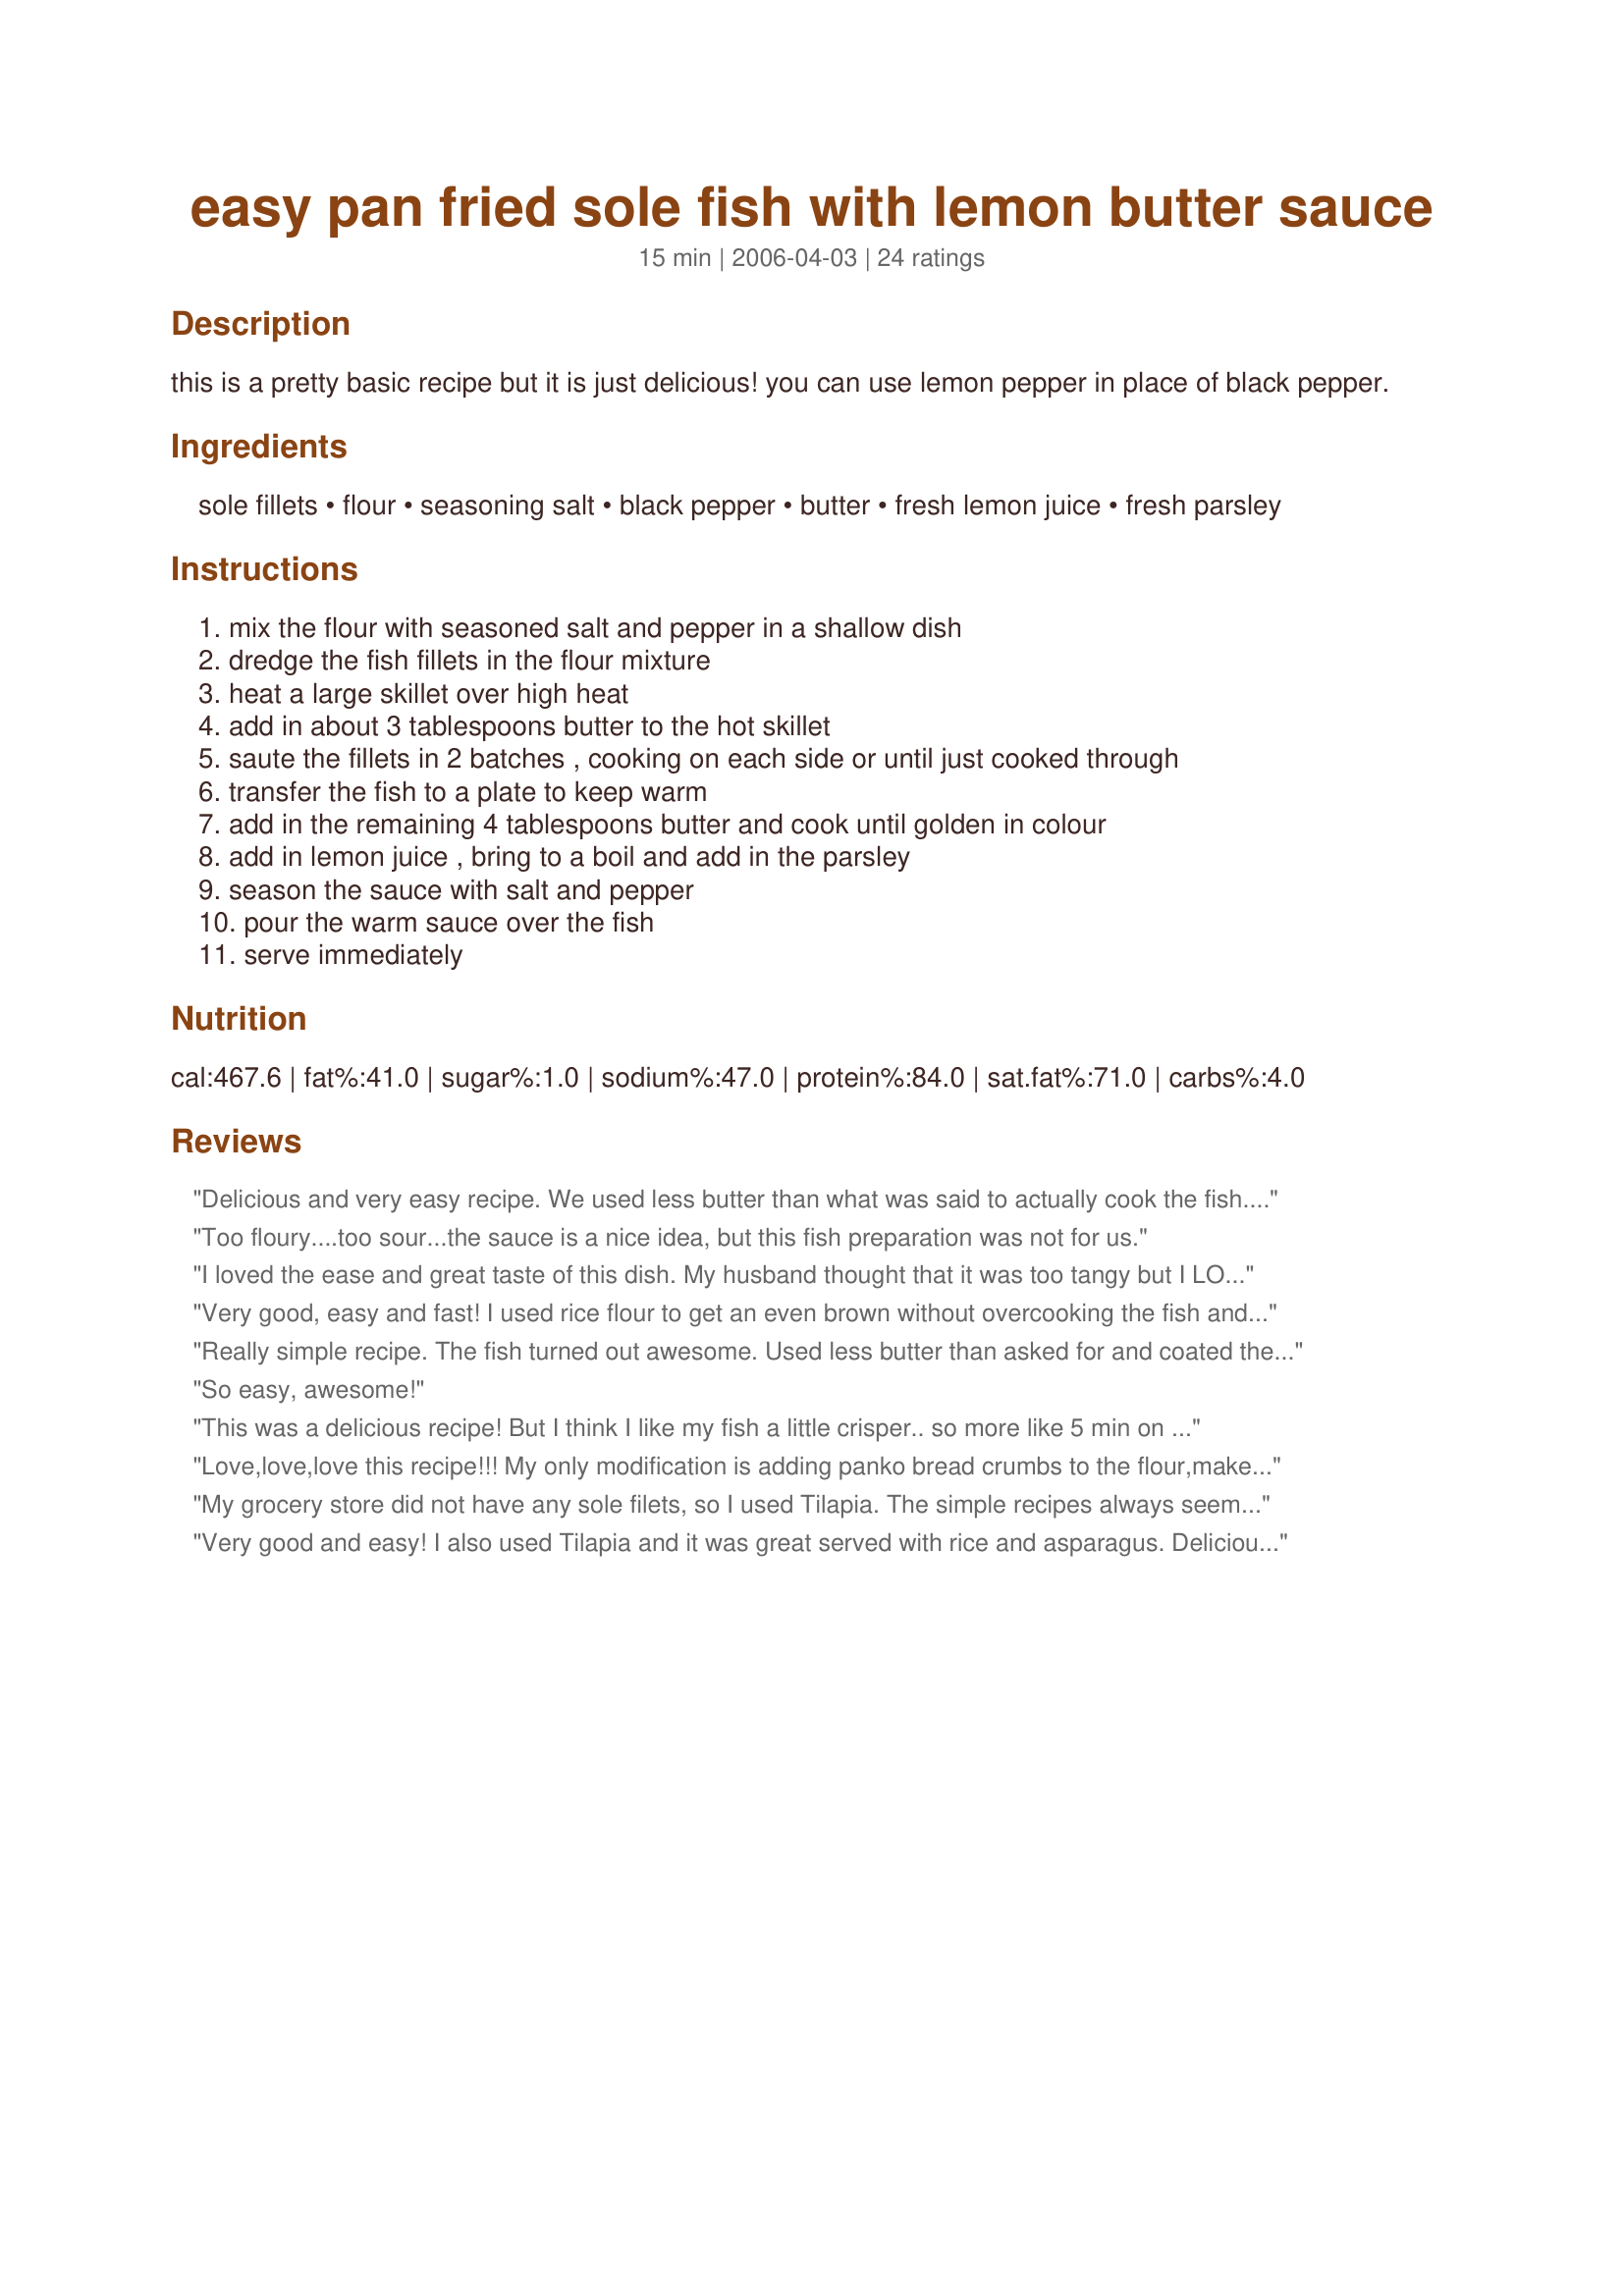
easy pan fried sole fish with lemon butter sauce
Preparation time: 15 minutes

this is a pretty basic recipe but it is just delicious! you can use lemon pepper in place of black pepper.

Ingredients:
sole fillets, flour, seasoning salt, black pepper, butter, fresh lemon juice, fresh parsley

Steps:
mix the flour with seasoned salt and pepper in a shallow dish
dredge the fish fillets in the flour mixture
heat a large skillet over high heat
add in about 3 tablespoons butter to the hot skillet
saute the fillets in 2 batches , cooking on each side or until just cooked through
transfer the fish to a plate to keep warm
add in the remaining 4 tablespoons butter and cook until golden in colour
add in lemon juice , bring to a boil and add in the parsley
season the sauce with salt and pepper
pour the warm sauce over the fish
serve immediately

Reviews:
Delicious and very easy recipe. We used less butter than what was said to actually cook the fish. Thanks! :)
Too floury....too sour...the sauce is a nice idea, but this fish preparation was not for us.
I loved the ease and great taste of this dish. My husband thought that it was too tangy but I LOVED it! My 6 year old son asked for more 4 times. Thank you again for a great recipe.
Very good, easy and fast! I used rice flour to get an even brown without overcooking the fish and only a dash of salt. Excellent dinner! Thanks for sharing!
Really simple recipe. The fish turned out awesome. Used less butter than asked for and coated the fish in cornflour
So easy, awesome!
This was a delicious recipe! But I think I like my fish a little crisper.. so more like 5 min on each side. And when making second batch, clean the pot and start over.. you will get better results.
Love,love,love this recipe!!! My only modification is adding panko bread crumbs to the flour,makes them fluffier... I use these to make fish tacos, with cabbage,cilantro,serano,onion,lime juice, cumin and mayo slaw. The best fish tacos ever!!!
My grocery store did not have any sole filets, so I used Tilapia. The simple recipes always seem to be the best. We enjoyed this very much. Added a small handful of sliced almonds to the butter and sauteed them before adding the lemon juice. Wonderful! Thanks Kit.
Very good and easy! I also used Tilapia and it was great served with rice and asparagus. Delicious! Thanks for sharing!
Can't believe it but I finally found a fish recipe that my non-fish eating hubby loves! Everytime I want to serve fish for dinner, he either suddenly isn't hungry or he asks for something else. Not this recipe, though. I substituted lemon pepper for black pepper and it really intensified the lemon flavor. Next time, however, I'll cut back a bit on the butter or else use light butter instead. Delicious!
Another easy recipe with lots of flavor That bit of lemon sure makes a difference. Used "No Oil" spray in the skillet. I just very lightly dusted the fish.
28 Feb. I made the recipe again (it is worth making over and over again) This time i cooked it on the griddler (griddle plates). To my dismay I had no parsley - still wonderful. Cut way back on the butter too. KITTENCAL sorry the photos do not show it up as they should.
I used white/brown rice flour and added Parmesan cheese. Tasted awesome but the sauce didn't turn out for me. I think I burnt it??
This is lovely and so easy to prepare; melts in your mouth; I added Capers at the end.
I used lemon soles, and this was a good, practical and tasty dish.
Thank you.
So good an so easy . Used high heat and fish browned nicely. Used garlic seasoning. Best fish I ever made
great recipe!
Very good. The recipe requests high heat, which set off my fire alarm and created a large amount of smoke. I ended up cleaning the pan between batches and turning the heat down a bit. Of note, the earlier cooked fish, at higher heat, were better and did not taste burned. So, if you don&#039;t mind pulling the battery out of your smoke alarm, go for it.
Very good. Simple and tasty. Subbed dried parsley. Served with recipe #116202.
This was delicious! I used about 1/3 less butter and used lime juice instead of the lemon juice.
This is probably a great recipe, the issue with recipes on internet is you never know who they are geared towards. This is obviously not one that someone is going to learn from as it&#039;s making assumptions that people know &quot;high heat&quot; does not mean High heat setting. Probably common knowledge among true cooks but if you are putting recipe out on the internet it should be clear for all people. (sorry pet peeve of mine) If you are going to submit a recipe make it clear and specific, not vague especially one as simple as this.
Super fast, super easy....very good. We used garlic salt and served with steamed broccoli.
Delicious! I added some olive oil to the butter to fry the fillets. It helps prevent the butter from burning and turning black. Also, I turned off the burner when I flipped the fish. Again, this prevents burning. When you cook at high heat with butter, you need to be careful as it burns really quickly. BTW, for those who are not so experienced, high heat does not necessarily mean &quot;max&quot;. It depends of the stove and the kind of pan you use i.e. a cast iron pan can sustain much higher heat than a t-fal. When you notice it starts smoking, remove the pan from the heat and continue cooking your fish. Don't be afraid to add butter/oil. or to turn your fish earlier than 2 minutes. The best advice I can give to anyone starting to cook is do not rely 100% on a recipe. Use your nose and your eyes. Tasting most foods as they cook is also a must so you can adjust seasonings. Also a good dose of common sense is helpful. Experiment and have fun in the kitchen! This recipe goes very well with a nice Chardonnay!
This recipe is awesome, I tried it on Boxing Day, 2013, had two friends over for dinner, they raved about the fish, very easy, &amp; takes no time at all, I served red baked potatoes &amp; fresh asparagus to round out the meal, absolutely delicious, going to make it again tomorrow, same friends coming for dinner, they have been begging me to make it again, try it &amp; enjoy~!~!~!~
